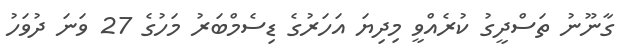
ގާނޫނު ތަސްދީގު ކުރެއްވީ މިދިޔަ އަހަރުގެ ޑިސެމްބަރު މަހުގެ 27 ވަނަ ދުވަހު